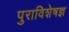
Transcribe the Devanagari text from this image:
पुराविशेषज्ञ